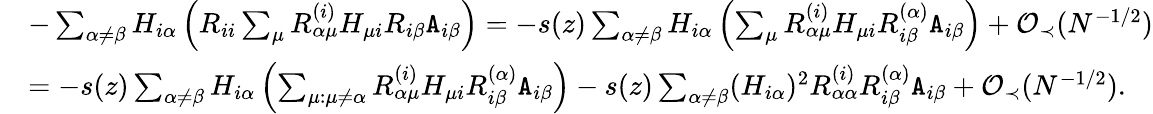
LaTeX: \begin{array}{rl}&{-\sum_{\alpha\neq\beta}H_{i\alpha}\left(R_{ii}\sum_{\mu}R_{\alpha\mu}^{(i)}H_{\mu i}R_{i\beta}{\texttt A}_{i\beta}\right)=-s(z)\sum_{\alpha\neq\beta}H_{i\alpha}\left(\sum_{\mu}R_{\alpha\mu}^{(i)}H_{\mu i}R_{i\beta}^{(\alpha)}{\texttt A}_{i\beta}\right)+{\mathcal O}_{\prec}(N^{-1/2})}\\ &{=-s(z)\sum_{\alpha\neq\beta}H_{i\alpha}\left(\sum_{\mu:\mu\neq\alpha}R_{\alpha\mu}^{(i)}H_{\mu i}R_{i\beta}^{(\alpha)}{\texttt A}_{i\beta}\right)-s(z)\sum_{\alpha\neq\beta}(H_{i\alpha})^{2}R_{\alpha\alpha}^{(i)}R_{i\beta}^{(\alpha)}{\texttt A}_{i\beta}+{\mathcal O}_{\prec}(N^{-1/2}).}\end{array}